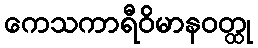
ကေသကာရီဝိမာနဝတ္ထု